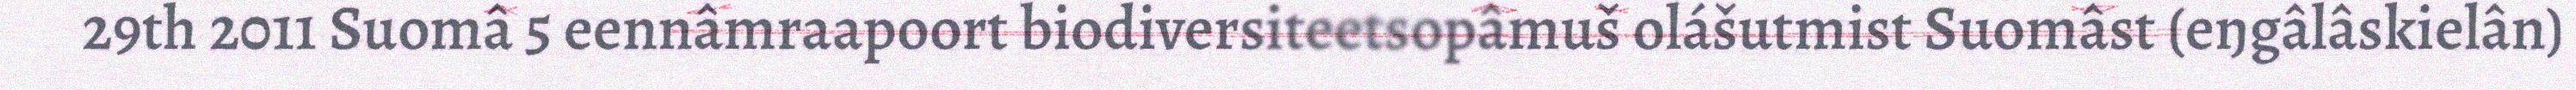
29th 2011 Suomâ 5 eennâmraapoort biodiversiteetsopâmuš olášutmist Suomâst (eŋgâlâskielân)